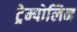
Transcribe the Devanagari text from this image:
ट्रेम्पोलिन